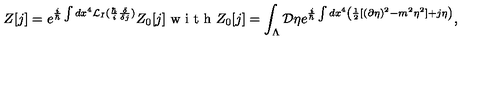
Z [ j ] = e ^ { \frac { i } { \hbar } \int d x ^ { 4 } { \cal { L } } _ { I } ( \frac { \hbar } { i } \frac { \delta } { \delta j } ) } Z _ { 0 } [ j ] \textrm { w i t h } Z _ { 0 } [ j ] = \int _ { \Lambda } { \cal { D } } \eta e ^ { \frac { i } { \hbar } \int d x ^ { 4 } \left( \frac { 1 } { 2 } [ ( \partial \eta ) ^ { 2 } - m ^ { 2 } \eta ^ { 2 } ] + j \eta \right) } ,